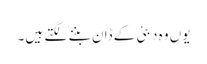
یوں وہ دبئی کے ڈان بننے لگتے ہیں۔